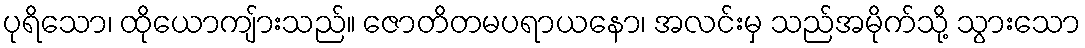
ပုရိသော၊ ထိုယောကျ်ားသည်။ ဇောတိတမပရာယနော၊ အလင်းမှ သည်အမိုက်သို့ သွားသော